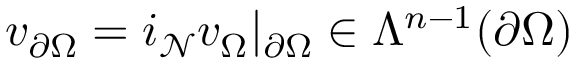
v _ { \partial \Omega } = i _ { \mathcal { N } } v _ { \Omega } | _ { \partial \Omega } \in \Lambda ^ { n - 1 } ( \partial \Omega )